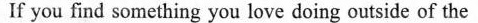
If you find something you love doing outside of the